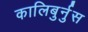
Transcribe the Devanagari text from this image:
कालिबुर्नुस